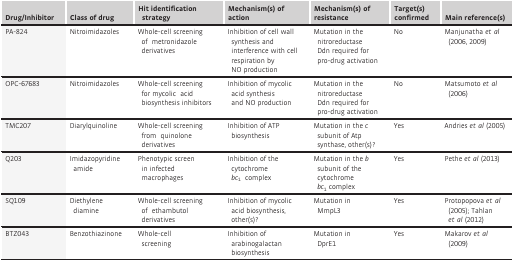
<table><thead><tr><td><b>Drug/Inhibitor</b></td><td><b>Class of drug</b></td><td><b>Hit identification strategy</b></td><td><b>Mechanism(s) of action</b></td><td><b>Mechanism(s) of resistance</b></td><td><b>Target(s) confirmed</b></td><td><b>Main reference(s)</b></td></tr></thead><tbody><tr><td>PA-824</td><td>Nitroimidazoles</td><td>Whole-cell screening of metronidazole derivatives</td><td>Inhibition of cell wall synthesis and interference with cell respiration by NO production</td><td>Mutation in the nitroreductase Ddn required for pro-drug activation</td><td>No</td><td>Manjunatha <i>et al</i> (2006, 2009)</td></tr><tr><td>OPC-67683</td><td>Nitroimidazoles</td><td>Whole-cell screening for mycolic acid biosynthesis inhibitors</td><td>Inhibition of mycolic acid synthesis and NO production</td><td>Mutation in the nitroreductase Ddn required for pro-drug activation</td><td>No</td><td>Matsumoto <i>et al</i> (2006)</td></tr><tr><td>TMC207</td><td>Diarylquinoline</td><td>Whole-cell screening from quinolone derivatives</td><td>Inhibition of ATP biosynthesis</td><td>Mutation in the <i>c</i> subunit of Atp synthase, other(s)?</td><td>Yes</td><td>Andries <i>et al</i> (2005)</td></tr><tr><td>Q203</td><td>Imidazopyridine amide</td><td>Phenotypic screen in infected macrophages</td><td>Inhibition of the cytochrome <i>bc</i><sub>1</sub> complex</td><td>Mutation in the <i>b</i> subunit of the cytochrome <i>bc</i><sub>1</sub> complex</td><td>Yes</td><td>Pethe <i>et al</i> (2013)</td></tr><tr><td>SQ109</td><td>Diethylene diamine</td><td>Whole-cell screening of ethambutol derivatives</td><td>Inhibition of mycolic acid biosynthesis, other(s)?</td><td>Mutation in MmpL3</td><td>Yes</td><td>Protopopova <i>et al</i> (2005); Tahlan <i>et al</i> (2012)</td></tr><tr><td>BTZ043</td><td>Benzothiazinone</td><td>Whole-cell screening</td><td>Inhibition of arabinogalactan biosynthesis</td><td>Mutation in DprE1</td><td>Yes</td><td>Makarov <i>et al</i> (2009)</td></tr></tbody></table>